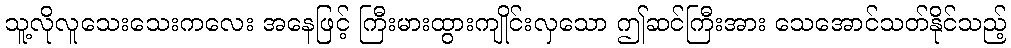
သူ့လိုလူသေးသေးကလေး အနေဖြင့် ကြီးမားထွားကျိုင်းလှသော ဤဆင်ကြီးအား သေအောင်သတ်နိုင်သည့်